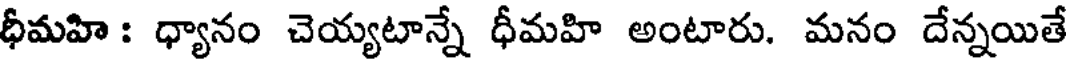
ధీమహి : ధ్యానం చెయ్యటాన్నే ధీమహి అంటారు. మనం దేన్నయితే